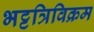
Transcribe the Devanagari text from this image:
भट्टत्रिविक्रम